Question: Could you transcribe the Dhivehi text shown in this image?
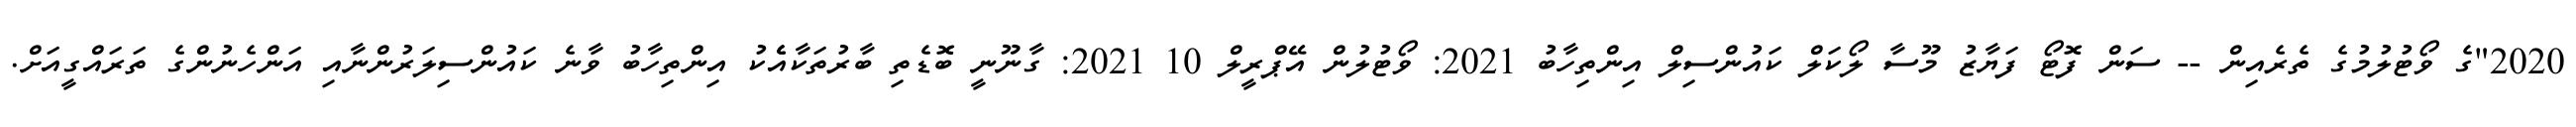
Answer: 2020"ގެ ވޯޓުލުމުގެ ތެރެއިން -- ސަން ފޮޓޯ ފަޔާޒު މޫސާ ލޯކަލް ކައުންސިލް އިންތިހާބު 2021: ވޯޓުލުން އޭޕްރީލް 10 2021: ގާނޫނީ ބޮޑެތި ބާރުތަކާއެެކު އިންތިހާބު ވާނެ ކައުންސިލަރުންނާއި އަންހެނުންގެ ތަރައްގީއަށް.